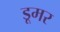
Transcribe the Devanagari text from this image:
डूमर